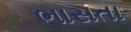
ભાસતા